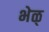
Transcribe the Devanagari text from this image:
भेळ्